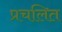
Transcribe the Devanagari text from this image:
प्रचलित